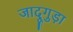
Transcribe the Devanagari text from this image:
जादूगुड़ा